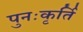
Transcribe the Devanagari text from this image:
पुनःकृर्ति